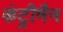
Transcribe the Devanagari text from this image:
कंट्रीमैन